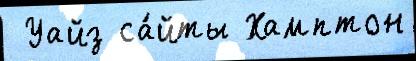
 Уайз са́йты Хамптон